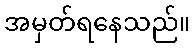
အမှတ်ရနေသည်။